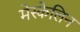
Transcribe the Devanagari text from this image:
मेस्केलिन